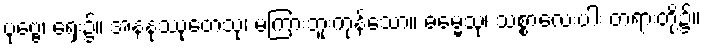
ပုဗ္ဗေ၊ ရှေး၌။ အနနုဿုတေသု၊ မကြားဘူးကုန်သော။ ဓမ္မေသု၊ သစ္စာလေးပါး တရားတို့၌။